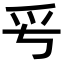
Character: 𤓳